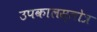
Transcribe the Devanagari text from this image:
उपकालस्तोत्र